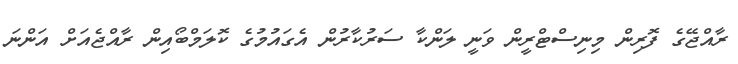
ރާއްޖޭގެ ފޮރިން މިނިސްޓްރީން ވަނީ ލަންކާ ސަރުކާރުން އެގައުމުގެ ކޮލަމްބޯއިން ރާއްޖެއަށް އަންނަ